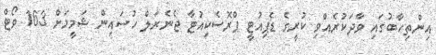
އިންތިހާބުގައި ވާދަކުރެއްވި ކުރީގެ ޑެޕިއުޓީ ޕްރޮސެކިއުޓާ ޖެނެރަލް ހުސައިން ޝަމީމަށް 163 ވޯޓް